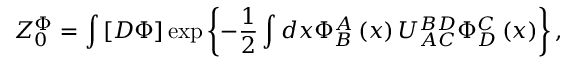
Z _ { 0 } ^ { \Phi } = \int \left[ D \Phi \right] \exp \left\{ - \frac { 1 } { 2 } \int d x \Phi _ { B } ^ { A } \left( x \right) U _ { A C } ^ { B D } \Phi _ { D } ^ { C } \left( x \right) \right\} ,